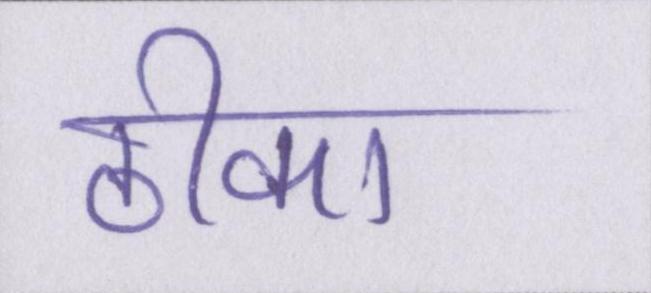
ठीका